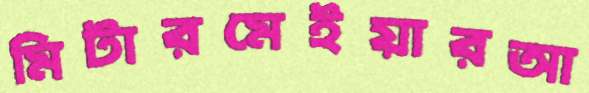
মিটারমেইয়ারআ